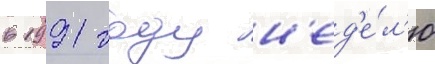
в 1991 году н'ед'е́л'ю